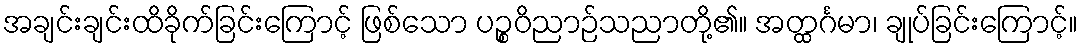
အချင်းချင်းထိခိုက်ခြင်းကြောင့် ဖြစ်သော ပဉ္စဝိညာဉ်သညာတို့၏။ အတ္ထင်္ဂမာ၊ ချုပ်ခြင်းကြောင့်။